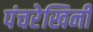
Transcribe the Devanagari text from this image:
पंचरेखिनी